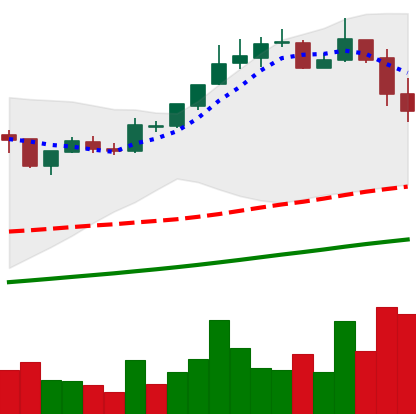
Ticker: BTC-USD
Chart end date: 2017-11-11
Forward return: 23.815%
Label: up_7plus